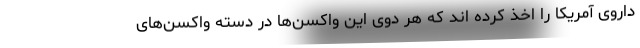
داروی آمریکا را اخذ کرده اند که هر دوی این واکسن‌ها در دسته واکسن‌های